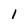
Character: l